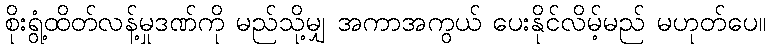
စိုးရွံ့ထိတ်လန့်မှုဒဏ်ကို မည်သို့မျှ အကာအကွယ် ပေးနိုင်လိမ့်မည် မဟုတ်ပေ။